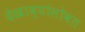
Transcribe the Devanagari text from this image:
देखाव्यांसोबत